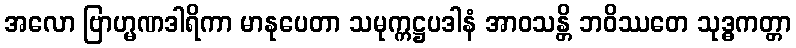
အလော ဗြာဟ္မဏဒါရိကာ မာနုပေတာ သမုက္ကဋ္ဌပဒါနံ အာဝသန္တိ ဘဝိဿတေ သုဒ္ဓကတ္တာ